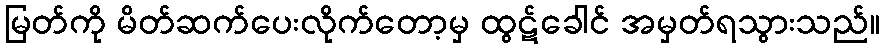
မြတ်ကို မိတ်ဆက်ပေးလိုက်တော့မှ ထွဋ်ခေါင် အမှတ်ရသွားသည်။